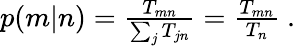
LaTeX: \begin{array}{r}{p(m|n)=\frac{T_{mn}}{\sum_{j}T_{jn}}=\frac{T_{mn}}{T_{n}}\ .}\end{array}